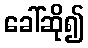
ခေါ်ဆို၍